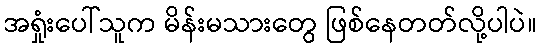
အရှုံးပေါ်သူက မိန်းမသားတွေ ဖြစ်နေတတ်လို့ပါပဲ။